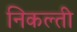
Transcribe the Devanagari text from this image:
निकल्ती